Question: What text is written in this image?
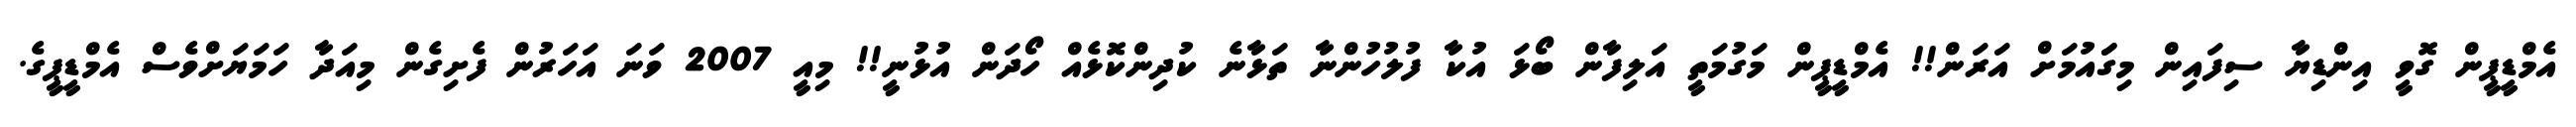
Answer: އެމްޑީޕީން ގޮވީ އިންޑިޔާ ސިފައިން މިގަައުމަށް އަރަން!! އެމްޑީޕީން މަގުމަތީ އަލިފާން ބޯޅަ އުކާ ފުލުހުންނާ ތަޅާނެ ކުދިންކޮޅެއް ހޯދަން އުޅުނީ!! މިއީ 2007 ވަނަ އަހަރުން ފެށިގެން މިއަދާ ހަމަޔަށްވެސް އެމްޑީޕީގެ.